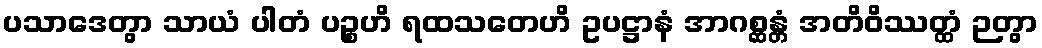
ပသာဒေတွာ သာယံ ပါတံ ပဉ္စဟိ ရထသတေဟိ ဥပဋ္ဌာနံ အာဂစ္ဆန္တံ အတိဝိဿတ္ထံ ဉတွာ